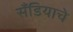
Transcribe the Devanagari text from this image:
सँडियाचे